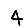
Digit: 4